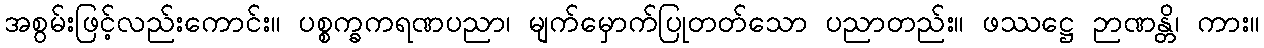
အစွမ်းဖြင့်လည်းကောင်း။ ပစ္စက္ခကရဏပညာ၊ မျက်မှောက်ပြုတတ်သော ပညာတည်း။ ဖဿဋ္ဌေ ဉာဏန္တိ၊ ကား။